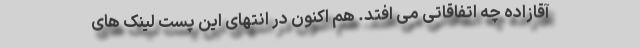
آقازاده چه اتفاقاتی می افتد. هم اکنون در انتهای این پست لینک های